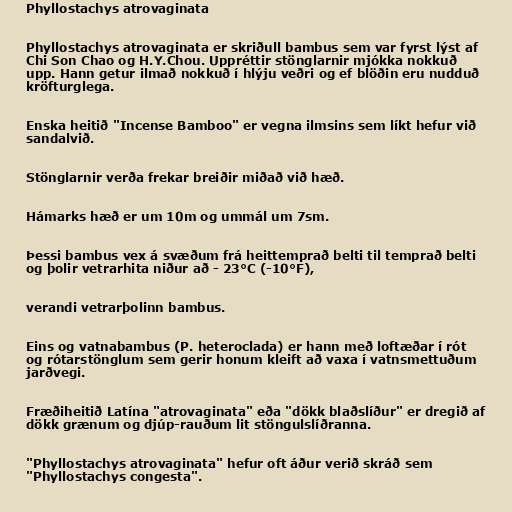
Phyllostachys atrovaginata

Phyllostachys atrovaginata er skriðull bambus sem var fyrst lýst af
Chi Son Chao og H.Y.Chou. Uppréttir stönglarnir mjókka nokkuð
upp. Hann getur ilmað nokkuð í hlýju veðri og ef blöðin eru nudduð
kröfturglega.

Enska heitið "Incense Bamboo" er vegna ilmsins sem líkt hefur við
sandalvið.

Stönglarnir verða frekar breiðir miðað við hæð.

Hámarks hæð er um 10m og ummál um 7sm.

Þessi bambus vex á svæðum frá heittemprað belti til temprað belti
og þolir vetrarhita niður að - 23°C (-10°F),

verandi vetrarþolinn bambus.

Eins og vatnabambus (P. heteroclada) er hann með loftæðar í rót
og rótarstönglum sem gerir honum kleift að vaxa í vatnsmettuðum
jarðvegi.

Fræðiheitið Latína "atrovaginata" eða "dökk blaðslíður" er dregið af
dökk grænum og djúp-rauðum lit stöngulslíðranna.

"Phyllostachys atrovaginata" hefur oft áður verið skráð sem
"Phyllostachys congesta".